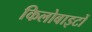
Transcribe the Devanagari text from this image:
किलोबाइटों